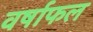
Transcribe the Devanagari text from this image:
वर्षाफल